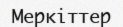
Меркіттер